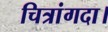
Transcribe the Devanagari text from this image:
चित्रांगदा।